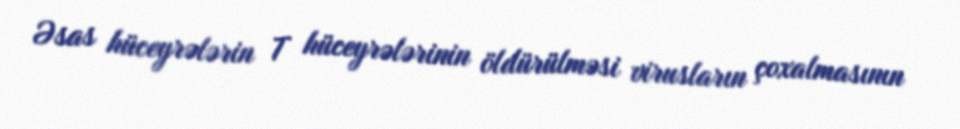
Əsas hüceyrələrin T hüceyrələrinin öldürülməsi virusların çoxalmasının